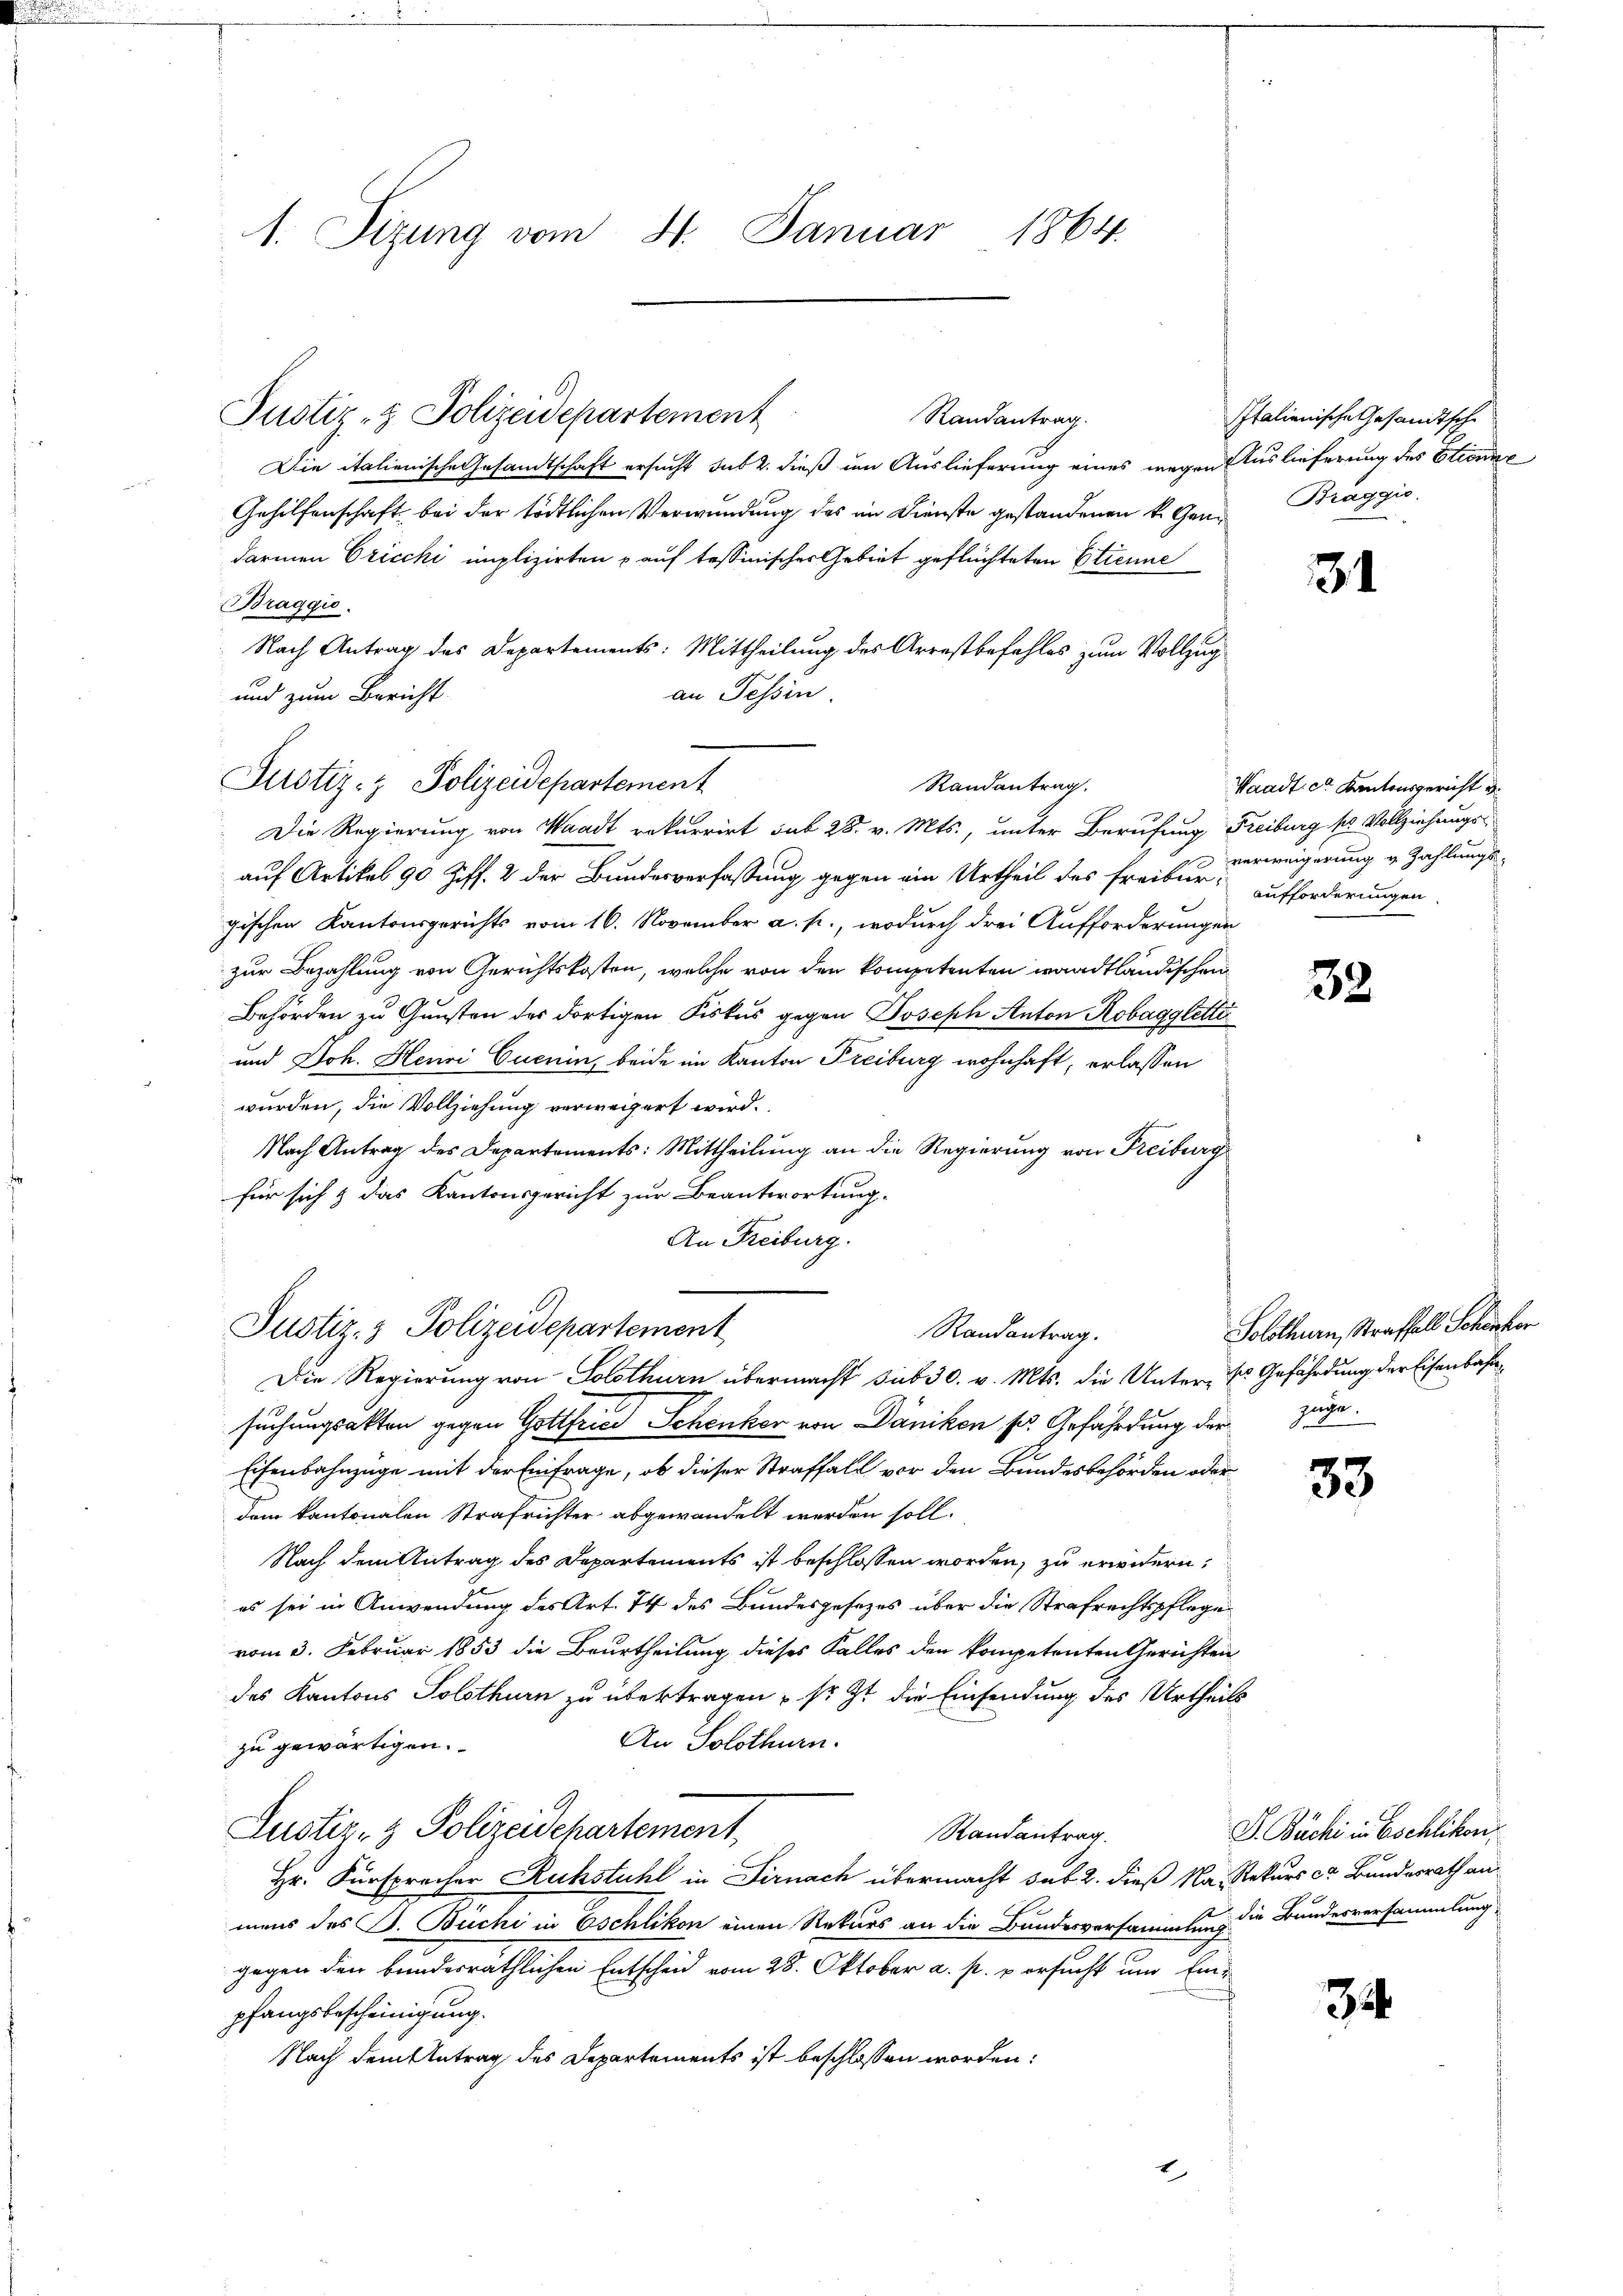
1. Sizung vom 4. Januar 1864.

Justiz- & Polizeidepartement
Randantrag.
Die italienische Gesandtschaft ersucht sub 2. dieß um Auslieferung eines wegen Auslieferung des Etienig
Gehilfenschaft bei der tödtlichen Verwundung des im Dienste gestandenen k. Ganz Braggić,
darmen Cricchi implizirten auf tessinischer Gebiet geflüchteten Etienne
Braggio.
Nach Antrag des Departements: Mittheilung des Arrestbefehles zum Vollzug
an Tessin.
und zum Bericht
Randantrag.
Die Regierung von Waadt rekurrirt sub 28. v. Mts., unter Berufung Freiburg ss Vollziehungsauf Artikel 90 Ziff. 2 der Bundesverfaßung gegen ein Urtheil des Freibur- aufforderungen.
gischen Kantonsgerichts vom 16. November a. p., wodurch drei Aufforderungen
zur Bezahlung von Gerichtskosten, welche von den kompetenten waadtländischen
Behörden zu Gunsten des dortigen Fiskus gegen Joseph Anton Robagglette
und Joh. Henri Cuenin, beide im Kanton Freiburg wohnhaft, erlassen
wurden, die Vollziehung verweigert wird.
Nach Antrag des Departements: Mittheilung an die Regierung von Freiburg
für sich & das Kantonsgericht zur Beantwortung.
An Freiburg.
Justiz- & Polizeidepartement
Randantrag.
Die Regierung von Solothurn übermacht sub 30. v. Mts. die Unter-Es Gefährdung der Eisenbahnsuchungsakten gegen Gottfried Schenker von Dänikon pr. Gefährdung der zuge
Eisenbahnzüge mit der Einfrage, ob dieser Straffall vor den Bundesbehörden oder
dem kantonalen Strafrichter abgewandelt werden soll.
Nach dem Antrag des Departements ist beschlossen worden, zu erwidern,
es sei in Anwendung des Art. 74 des Bundesgesezes über die Strafrechtspflege
vom 3. Februar 1853 die Beurtheilung dieses Falles den kompetenten Gerichten
des Kantons Solothurn zu übertragen, so ist die Einsendung des Urtheils
An Solothurn.
zu gewärtigen.
Justiz- & Polizeidepartement
Randantrag.
Hr. Fürsprecher Ruhstuhl in Firnach übermacht sub 2. dieß Nassekurs cr Bundesrath an
mens des J. Buchi in Eschlikon einen Rekurs an die Bundesversammlung die Bandesversammlung
gegen den bundesräthlichen Entscheid vom 28. Oktober a. p. versucht und Einpfangsbescheinigung.
Nach dem Antrag des Departements ist beschlossen worden:
1

Justiz- & Polizeidepartement

Italienische Gesandtsche

34

Waadt ce Kantonsgericht e
verweigerung v. Zahlungs-

32

Solothurn, Straffall Schönbor

33

J. Büchi in Eschlikon,

34